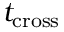
t _ { \mathrm { c r o s s } }